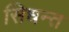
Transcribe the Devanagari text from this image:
सिधन्त